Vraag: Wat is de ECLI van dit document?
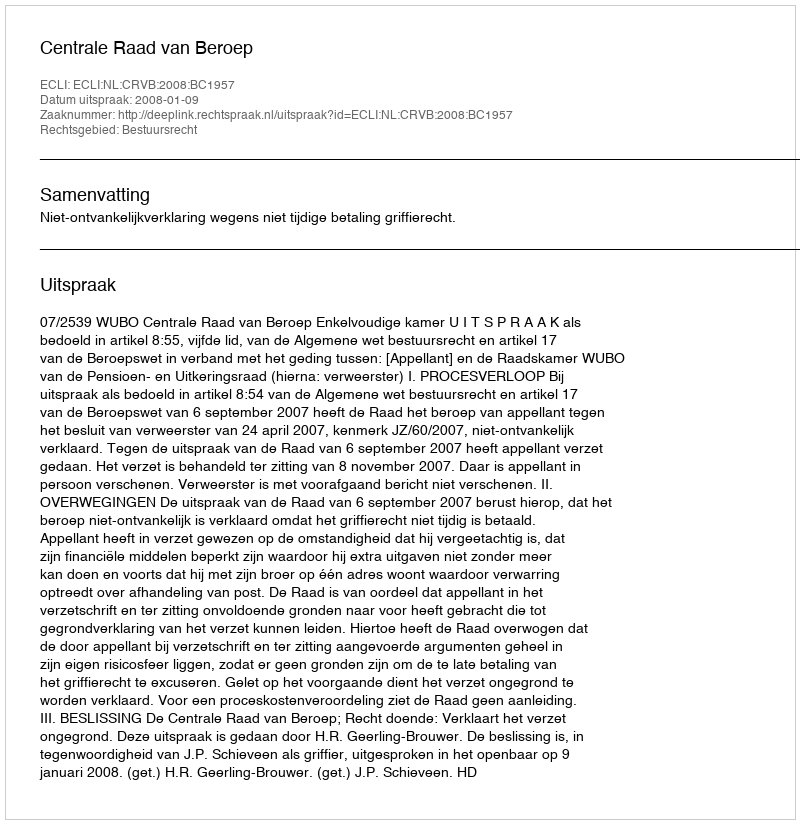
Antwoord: ECLI:NL:CRVB:2008:BC1957